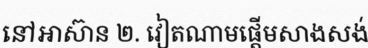
នៅអាស៊ាន ២. វៀតណាមផ្តើមសាងសង់